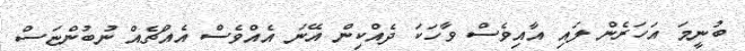
ބުނީމަ އަހަރެން ލައި އާއިވެސް ވާހަކަ ދެއްކިން އޭނަ އެއްވެސް އެއްޗެއް ނުބުންޏަސް